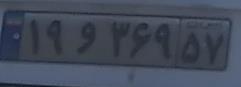
۱۹و۳۶۹۵۷